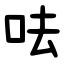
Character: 呿